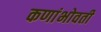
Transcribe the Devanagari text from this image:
कणांभोवती